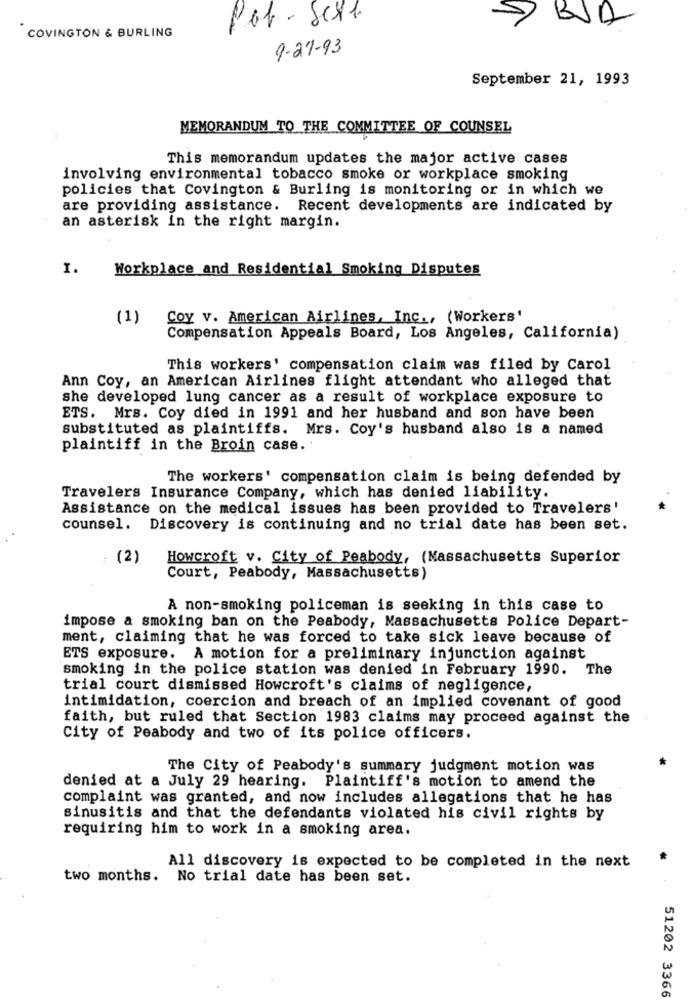
Pot - Sel
COVINGTON & BURLING
9-21-93
September 21, 1993
MEMORANDUM TO THE COMMITTEE OF COUNSEL
This memorandum updates the major active cases
involving environmental tobacco smoke or workplace smoking
policies that Covington & Burling is monitoring or in which we
are providing assistance. Recent developments are indicated by
an asterisk in the right margin.
I.
Workplace and Residential Smoking Disputes
(1)
Coy v. American Airlines, Inc ., (Workers'
Compensation Appeals Board, Los Angeles, California)
This workers' compensation claim was filed by Carol
Ann Coy, an American Airlines flight attendant who alleged that
she developed lung cancer as a result of workplace exposure to
ETS. Mrs. Coy died in 1991 and her husband and son have been
substituted as plaintiffs. Mrs. Coy's husband also is a named
plaintiff in the Broin case.
The workers' compensation claim is being defended by
Travelers Insurance Company, which has denied liability.
Assistance on the medical issues has been provided to Travelers'
counsel. Discovery is continuing and no trial date has been set.
(2)
Howcroft v. City of Peabody, (Massachusetts Superior
Court, Peabody, Massachusetts)
A non-smoking policeman is seeking in this case to
impose a smoking ban on the Peabody, Massachusetts Police Depart-
ment, claiming that he was forced to take sick leave because of
ETS exposure. A motion for a preliminary injunction against
smoking in the police station was denied in February 1990.
The
trial court dismissed Howcroft's claims of negligence,
intimidation, coercion and breach of an implied covenant of good
faith, but ruled that Section 1983 claims may proceed against the
City of Peabody and two of its police officers.
The City of Peabody's summary judgment motion was
denied at a July 29 hearing. Plaintiff's motion to amend the
complaint was granted, and now includes allegations that he has
sinusitis and that the defendants violated his civil rights by
requiring him to work in a smoking area.
All discovery is expected to be completed in the next
two months.
No trial date has been set.
51202 3366